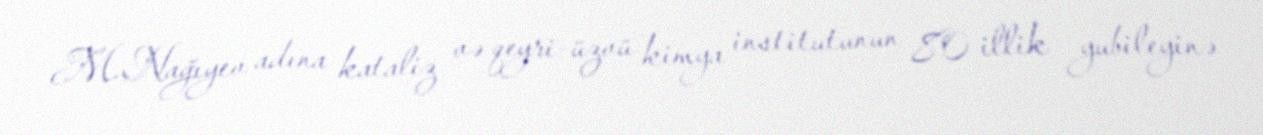
M.Nağıyev adına kataliz və qeyri-üzvü kimya institutunun 80 illik yubileyinə